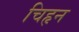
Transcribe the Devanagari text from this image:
चिहृन